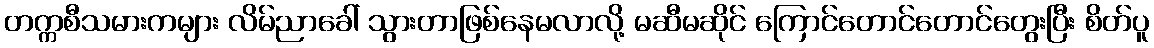
တက္ကစီသမားကများ လိမ်ညာခေါ် သွားတာဖြစ်နေမလာလို့ မဆီမဆိုင် ကြောင်တောင်တောင်တွေးပြီး စိတ်ပူ